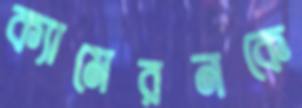
ক্যামেরনকে